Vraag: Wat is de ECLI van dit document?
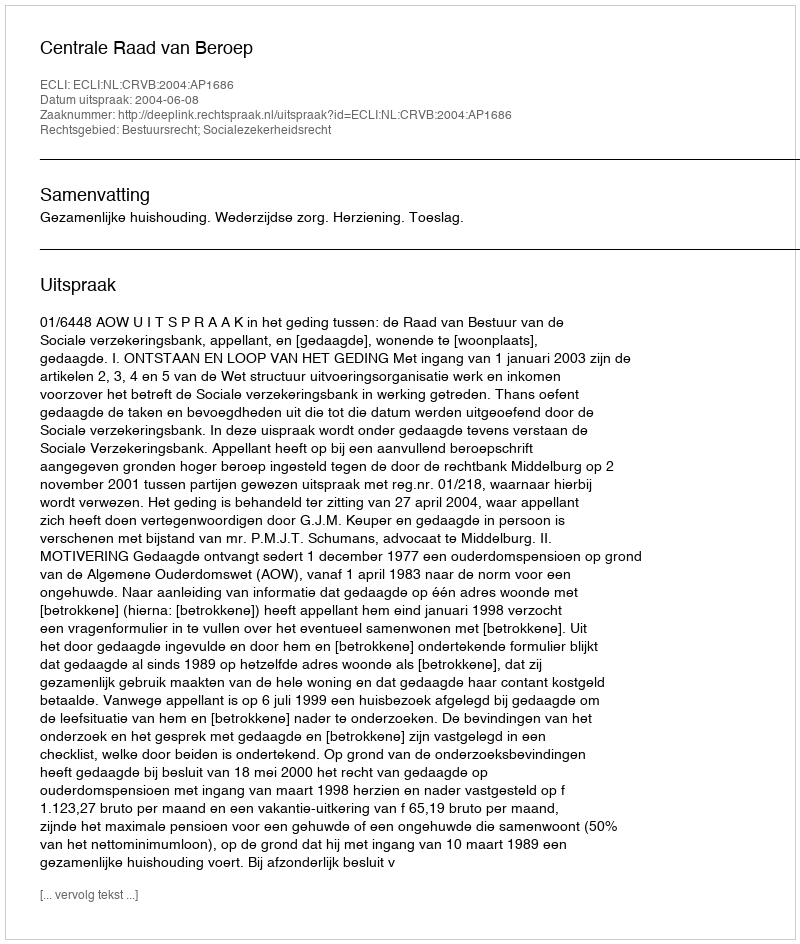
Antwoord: ECLI:NL:CRVB:2004:AP1686